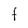
Character: F